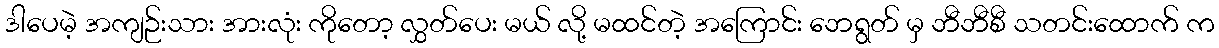
ဒါပေမဲ့ အကျဉ်းသား အားလုံး ကိုတော့ လွှတ်ပေး မယ် လို့ မထင်တဲ့ အကြောင်း ဘေရွတ် မှ ဘီဘီစီ သတင်းထောက် က